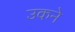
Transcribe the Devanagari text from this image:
उकने